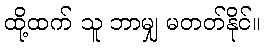
ထို့ထက် သူ ဘာမျှ မတတ်နိုင်။